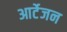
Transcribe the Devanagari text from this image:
आर्टेजन